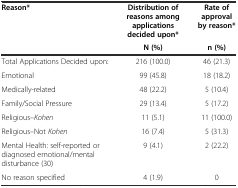
| Reason* | Distribution of reasons among applications decided upon* | Rate of approval by reason* |
 |  | N (%) | n (%) |
 | --- | --- | --- |
 | Total Applications Decided upon: | 216 (100.0) | 46 (21.3) |
 | Emotional | 99 (45.8) | 18 (18.2) |
 | Medically-related | 48 (22.2) | 5 (10.4) |
 | Family/Social Pressure | 29 (13.4) | 5 (17.2) |
 | Religious--Kohen | 11 (5.1) | 11 (100.0) |
 | Religious--Not Kohen | 16 (7.4) | 5 (31.3) |
 | Mental Health: self-reported or diagnosed emotional/mental disturbance (30) | 9 (4.1) | 2 (22.2) |
 | No reason specified | 4 (1.9) | 0 |